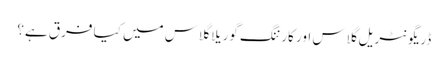
ڈریگونٹریل گلاس اور کارننگ گوریلا گلاس میں کیا فرق ہے؟